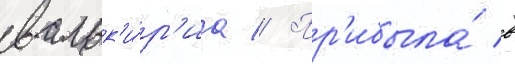
вальк'и́р'иа // Пр'ибыла́ в